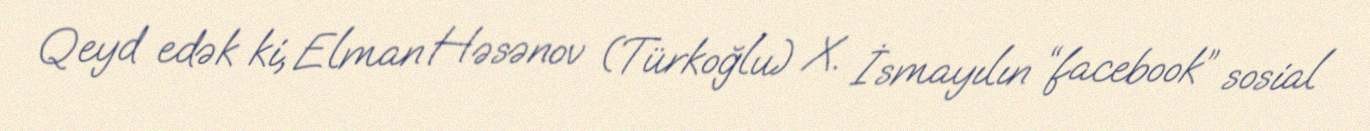
Qeyd edək ki, Elman Həsənov (Türkoğlu) X. İsmayılın “facebook” sosial